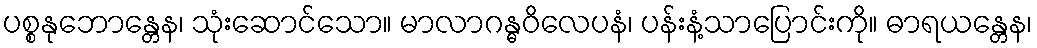
ပစ္စနုဘောန္တေန၊ သုံးဆောင်သော။ မာလာဂန္ဓဝိလေပနံ၊ ပန်းနံ့သာပြောင်းကို။ ဓာရယန္တေန၊